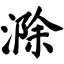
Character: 滁